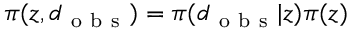
\pi ( \boldsymbol { z } , \boldsymbol { d } _ { \mathrm { ~ o ~ b ~ s ~ } } ) = \pi ( \boldsymbol { d } _ { \mathrm { ~ o ~ b ~ s ~ } } | \boldsymbol { z } ) \pi ( \boldsymbol { z } )